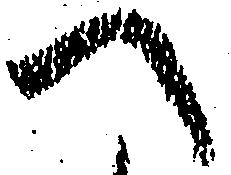
へ